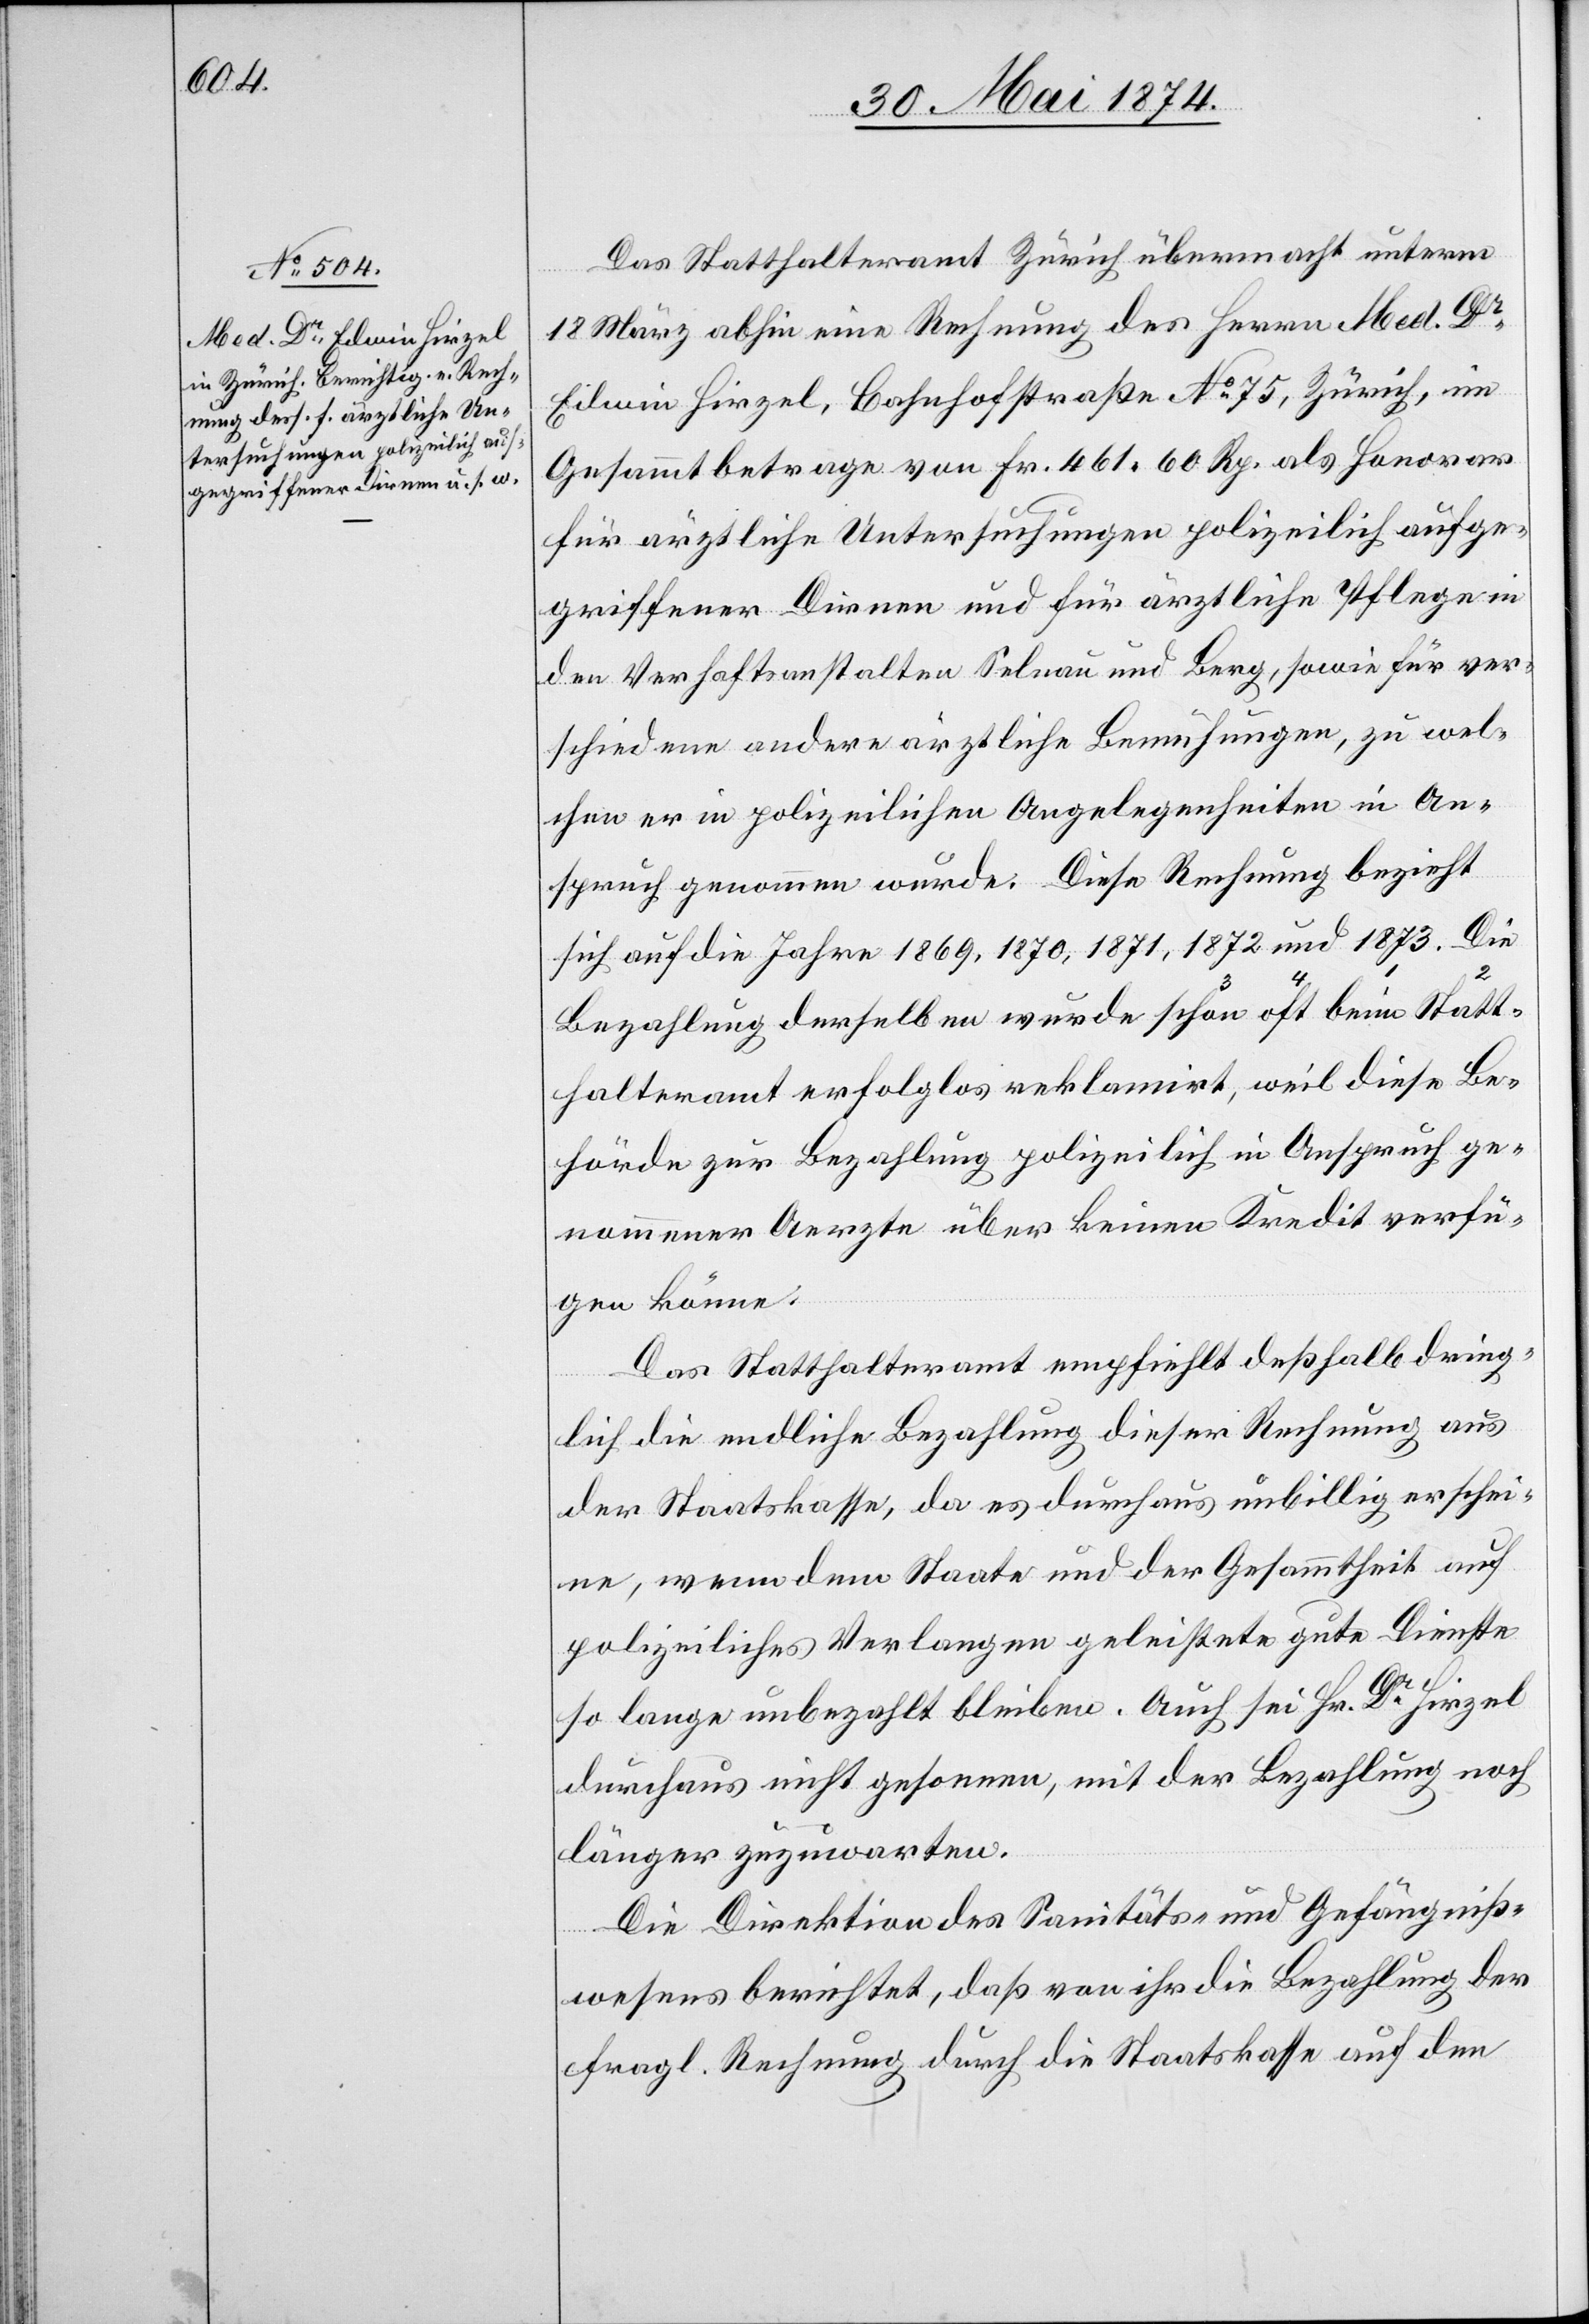
Das Statthalteramt Zürich übermacht unterm
18. März abhin eine Rechnung des Herrn Med. Dr
Edwin Hirzel, Bahnhofstraße No 75, Zürich, im
Gesammtbetrage von Fr. 461.60 Rp. als Honorar
für ärztliche Untersuchungen polizeilich aufge¬
griffener Dirnen und für ärztliche Pflege in
den Verhaftanstalten Selnau und Berg, sowie für ver¬
schiedene andere ärztliche Bemühungen, zu wel¬
chen er in polizeilichen Angelegenheiten in An¬
spruch genommen wurde. Diese Rechnung bezieht
sich auf die Jahre 1869, 1870, 1871, 1872 und 1873. Die
Bezahlung derselben wurde beim Statthalt¬
hörde zur Bezahlung polizeilich in Anspruch ge¬
nommener Aerzte über keinen Kredit verfü¬
gen könne.
Das Statthalteramt empfiehlt deßhalb dring¬
lich die endliche Bezahlung dieser Rechnung aus
der Staatskasse, da es durchaus unbillig erschei¬
ne, wenn dem Staate und der Gesammtheit auf
polizeiliches Verlangen geleistete gute Dienste
Be¬
so lange unbezahlt bleiben. Auch sei Hr. Dr Hirzel
durchaus nicht gesonnen, mit der Bezahlung noch
länger zuzuwarten.
Die Direktion des Sanitäts- und Gefängniß¬
wesens berichtet, daß von ihr die Bezahlung der
fragl. Rechnung durch die Staatskasse auf dem